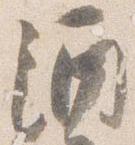
酒